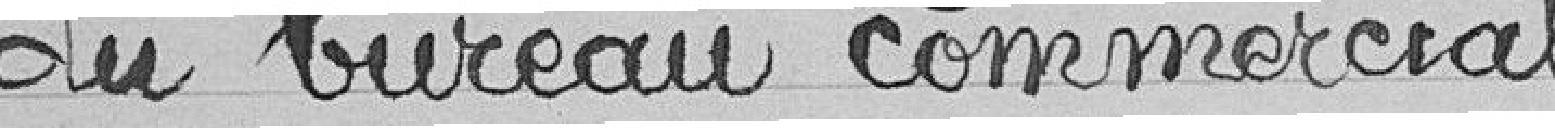
du bureau commercial